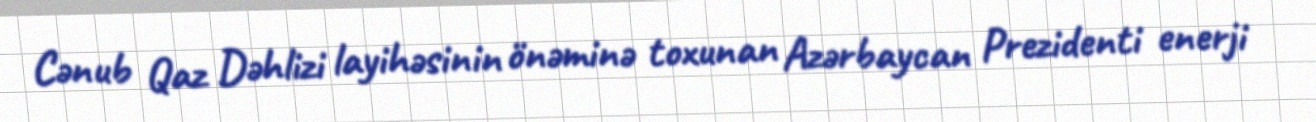
Cənub Qaz Dəhlizi layihəsinin önəminə toxunan Azərbaycan Prezidenti enerji